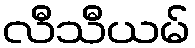
လီသီယမ်